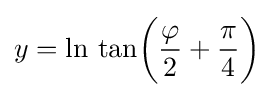
y=\ln \,{\tan }{\biggl (}{\frac {\varphi }{2}}+{\frac {\pi }{4}}{\biggr )}